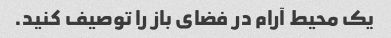
یک محیط آرام در فضای باز را توصیف کنید.